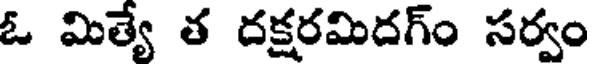
ఓ మిత్యే త దక్షరమిదగ్ం సర్వం